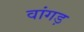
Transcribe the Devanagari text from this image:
वांगड़